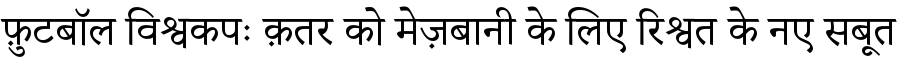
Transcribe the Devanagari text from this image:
फ़ुटबॉल विश्वकपः क़तर को मेज़बानी के लिए रिश्वत के नए सबूत